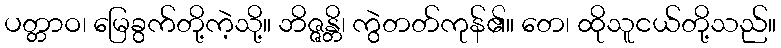
ပတ္တာဝ၊ မြေခွက်တို့ကဲ့သို့။ ဘိဇ္ဇန္တိ၊ ကွဲတတ်ကုန်၏။ တေ၊ ထိုသူငယ်တို့သည်။